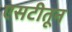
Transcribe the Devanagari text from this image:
एसटीतून